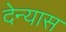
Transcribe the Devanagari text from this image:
देन्यास